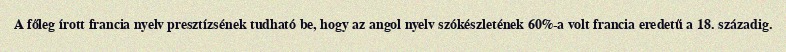
A főleg írott francia nyelv presztízsének tudható be, hogy az angol nyelv szókészletének 60%-a volt francia eredetű a 18. századig.